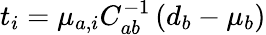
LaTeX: \begin{array}{r}{t_{i}=\mu_{a,i}C_{ab}^{-1}\left({d_{b}-\mu_{b}}\right)}\end{array}